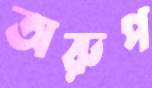
অরুপ